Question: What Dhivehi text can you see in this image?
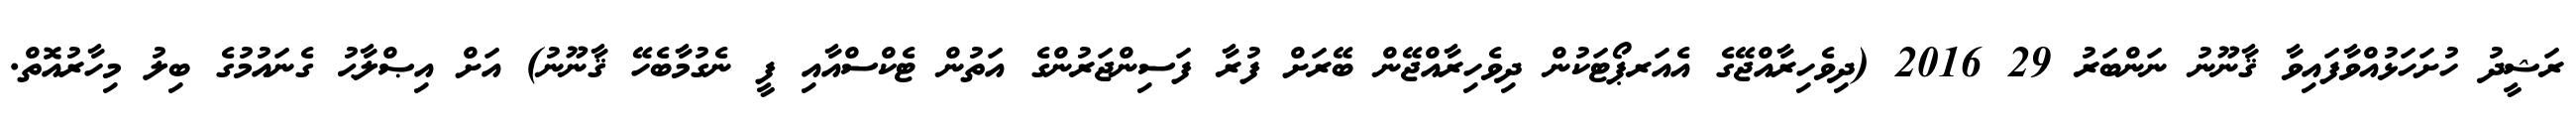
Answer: ރަޝީދު ހުށަހަޅުއްވާފައިވާ ޤާނޫނު ނަންބަރު 29 2016 (ދިވެހިރާއްޖޭގެ އެއަރޕޯޓަކުން ދިވެހިރާއްޖޭން ބޭރަށް ފުރާ ފަސިންޖަރުންގެ އަތުން ޓެކްސްއާއި ފީ ނެގުމާބެހޭ ޤާނޫނު) އަށް އިޞްލާޙު ގެނައުމުގެ ބިލު މިހާރުއޮތް.